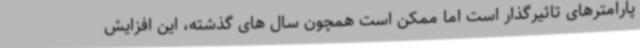
پارامترهای تاثیرگذار است اما ممکن است همچون سال های گذشته، این افزایش